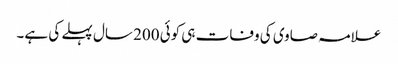
علامہ صاوی کی وفات ہی کوئی 200 سال پہلے کی ہے۔